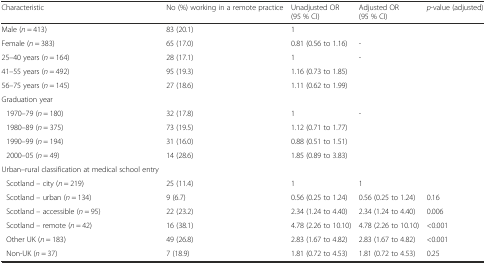
<table><thead><tr><td><b>Characteristic</b></td><td><b>No (%) working in a remote practice</b></td><td><b>Unadjusted OR (95 % CI)</b></td><td><b>Adjusted OR (95 % CI)</b></td><td><b><i>p</i>-value (adjusted)</b></td></tr></thead><tbody><tr><td>Male (<i>n</i> = 413)</td><td>83 (20.1)</td><td>1</td><td>[EMPTY_CELL]</td><td>[EMPTY_CELL]</td></tr><tr><td>Female (<i>n</i> = 383)</td><td>65 (17.0)</td><td>0.81 (0.56 to 1.16)</td><td>-</td><td>[EMPTY_CELL]</td></tr><tr><td>25–40 years (<i>n</i> = 164)</td><td>28 (17.1)</td><td>1</td><td>-</td><td>[EMPTY_CELL]</td></tr><tr><td>41–55 years (<i>n</i> = 492)</td><td>95 (19.3)</td><td>1.16 (0.73 to 1.85)</td><td>[EMPTY_CELL]</td><td>[EMPTY_CELL]</td></tr><tr><td>56–75 years (<i>n</i> = 145)</td><td>27 (18.6)</td><td>1.11 (0.62 to 1.99)</td><td>[EMPTY_CELL]</td><td>[EMPTY_CELL]</td></tr><tr><td>Graduation year</td><td>[EMPTY_CELL]</td><td>[EMPTY_CELL]</td><td>[EMPTY_CELL]</td><td>[EMPTY_CELL]</td></tr><tr><td>1970–79 (<i>n</i> = 180)</td><td>32 (17.8)</td><td>1</td><td>-</td><td>[EMPTY_CELL]</td></tr><tr><td>1980–89 (<i>n</i> = 375)</td><td>73 (19.5)</td><td>1.12 (0.71 to 1.77)</td><td>[EMPTY_CELL]</td><td>[EMPTY_CELL]</td></tr><tr><td>1990–99 (<i>n</i> = 194)</td><td>31 (16.0)</td><td>0.88 (0.51 to 1.51)</td><td>[EMPTY_CELL]</td><td>[EMPTY_CELL]</td></tr><tr><td>2000–05 (<i>n</i> = 49)</td><td>14 (28.6)</td><td>1.85 (0.89 to 3.83)</td><td>[EMPTY_CELL]</td><td>[EMPTY_CELL]</td></tr><tr><td>Urban–rural classification at medical school entry</td><td>[EMPTY_CELL]</td><td>[EMPTY_CELL]</td><td>[EMPTY_CELL]</td><td>[EMPTY_CELL]</td></tr><tr><td>Scotland – city (<i>n</i> = 219)</td><td>25 (11.4)</td><td>1</td><td>1</td><td>[EMPTY_CELL]</td></tr><tr><td>Scotland – urban (<i>n</i> = 134)</td><td>9 (6.7)</td><td>0.56 (0.25 to 1.24)</td><td>0.56 (0.25 to 1.24)</td><td>0.16</td></tr><tr><td>Scotland – accessible (<i>n</i> = 95)</td><td>22 (23.2)</td><td>2.34 (1.24 to 4.40)</td><td>2.34 (1.24 to 4.40)</td><td>0.006</td></tr><tr><td>Scotland – remote (<i>n</i> = 42)</td><td>16 (38.1)</td><td>4.78 (2.26 to 10.10)</td><td>4.78 (2.26 to 10.10)</td><td>&lt;0.001</td></tr><tr><td>Other UK (<i>n</i> = 183)</td><td>49 (26.8)</td><td>2.83 (1.67 to 4.82)</td><td>2.83 (1.67 to 4.82)</td><td>&lt;0.001</td></tr><tr><td>Non-UK (<i>n</i> = 37)</td><td>7 (18.9)</td><td>1.81 (0.72 to 4.53)</td><td>1.81 (0.72 to 4.53)</td><td>0.25</td></tr></tbody></table>